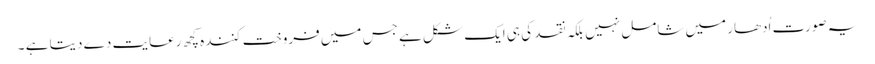
یہ صورت اُدھار میں شامل نہیں بلکہ نقد کی ہی ایک شکل ہے جس میں فروخت کنندہ کچھ رعایت دے دیتا ہے ۔